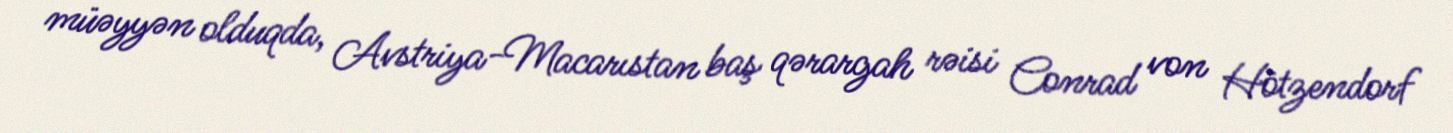
müəyyən olduqda, Avstriya-Macarıstan baş qərargah rəisi Conrad von Hötzendorf